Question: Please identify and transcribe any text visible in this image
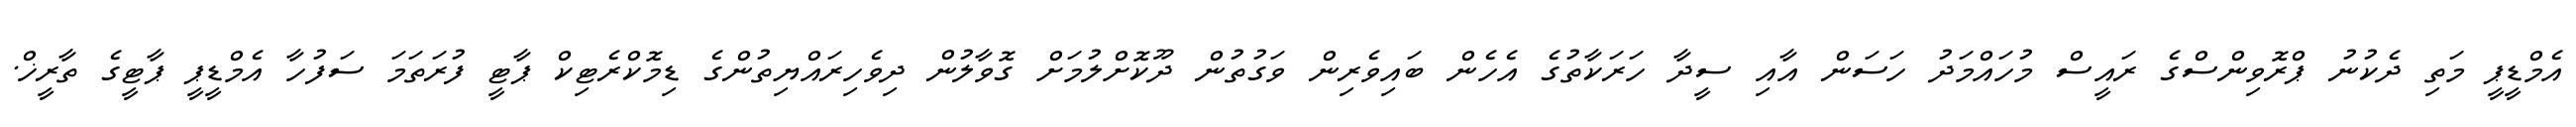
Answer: އެމްޑީޕީ މަތި ދެކުނު ޕްރޮވިންސްގެ ރައީސް މުހައްމަދު ހަސަން އާއި ސީދާ ހަރަކާތުގެ އެހެން ބައިވެރިން ވަގުތުން ދޫކޮށްލުމަށް ގޮވާލުން ދިވެހިރައްޔިތުންގެ ޑިމޮކްރެޓިކް ޕާޓީ ފުރަތަމަ ސަފުހާ އެމްޑީޕީ ޕާޓީގެ ތާރީޚް.